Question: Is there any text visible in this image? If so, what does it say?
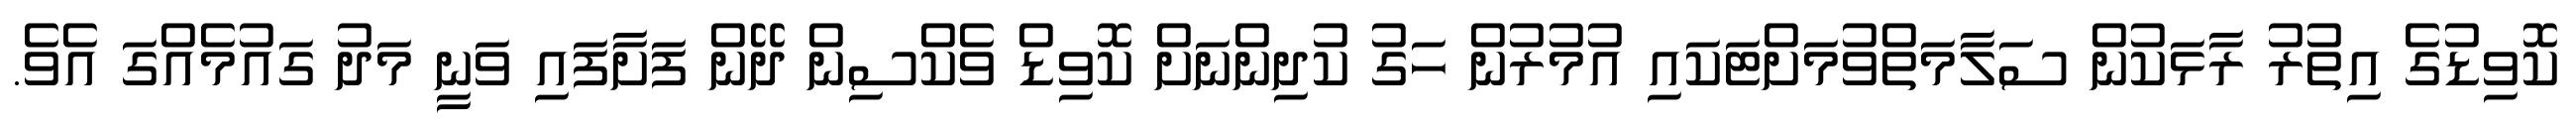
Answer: ކޮވިޑުގެ އިތުރު ރާޅަކުން ސަލާމަތްވުމަށްޓަކައި އުމުރުން ހަގު ކުދިންނަށް ކޮވިޑް ވެކްސިން ދޭން ފަށާފައި ވަނީ މަދު ގައުމެއްގަ އެވެ.